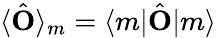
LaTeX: \langle\hat{\mathbf{O}}\rangle_{m}=\langle m|\hat{\mathbf{O}}|m\rangle